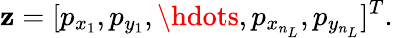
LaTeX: \mathbf{z}=[p_{x_{1}},p_{y_{1}},\hdots,p_{x_{n_{L}}},p_{y_{n_{L}}}]^{T}.